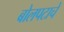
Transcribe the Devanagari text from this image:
बोलपटाचे